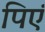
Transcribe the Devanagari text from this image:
पिएं